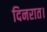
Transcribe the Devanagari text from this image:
दिनरात।